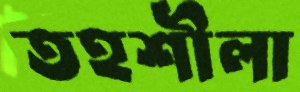
তহশীলা